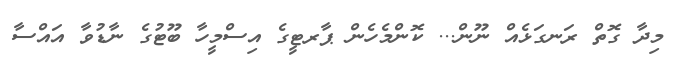
މިދާ ގޮތް ރަނގަޅެއް ނޫން... ކޮންމެހެން ޕާރޓީގެ އިސްމީހާ ބޫޓުގެ ނާޑުވާ އައްސާ